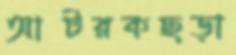
আটরকছড়া